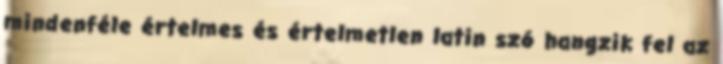
mindenféle értelmes és értelmetlen latin szó hangzik fel az